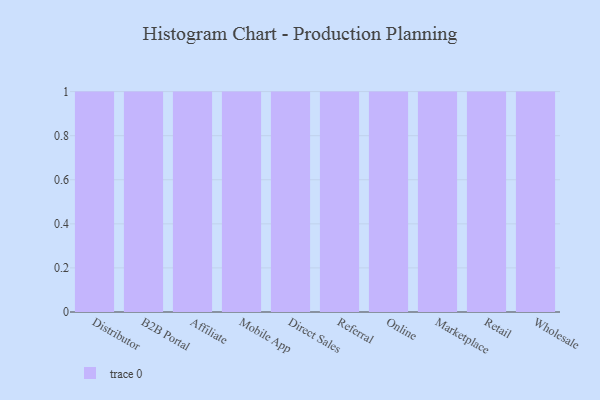
{"axis": {"x": "Channel", "y": "Backlog"}, "legend": [""], "data": [{"x": "Distributor", "y": 10, "type": ""}, {"x": "B2B Portal", "y": 62, "type": ""}, {"x": "Affiliate", "y": 65, "type": ""}, {"x": "Mobile App", "y": 23, "type": ""}, {"x": "Direct Sales", "y": 95, "type": ""}, {"x": "Referral", "y": 80, "type": ""}, {"x": "Online", "y": 90, "type": ""}, {"x": "Marketplace", "y": 17, "type": ""}, {"x": "Retail", "y": 4, "type": ""}, {"x": "Wholesale", "y": 23, "type": ""}]}